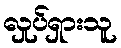
လှုပ်ရှားသူ